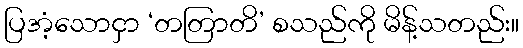
ပြအံ့သောငှာ ‘တတြာတိ’ စသည်ကို မိန့်သတည်း။